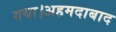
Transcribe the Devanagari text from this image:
गया।अहमदाबाद